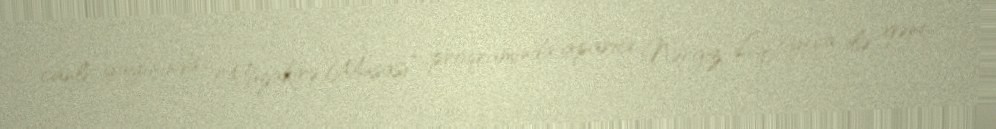
canlı yayınında “Müzakirə Masası” proqramında aparıcı Nərgiz Liftiyeva ilə gənc